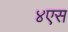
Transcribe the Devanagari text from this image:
४एस